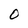
Character: O